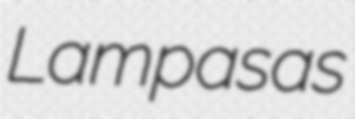
Lampasas